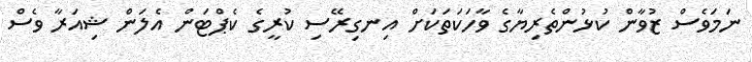
ނަމަވެސް ޒުވާން ކުޅުންތެރިޔާގެ ވާހަކަތަކަށް އިނގިރޭސި ކުރީގެ ކެޕްޓަން އެލަން ޝިއަރާ ވެސް